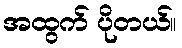
အထွက် ပိုတယ်။